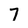
Character: 7